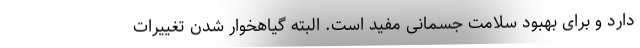
دارد و برای بهبود سلامت جسمانی مفید است. البته گیاهخوار شدن تغییرات